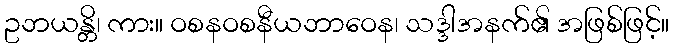
ဥဘယန္တိ၊ ကား။ ဝစနဝစနီယဘာဝေန၊ သဒ္ဒါအနက်၏ အဖြစ်ဖြင့်။